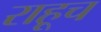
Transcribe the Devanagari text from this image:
राहूच